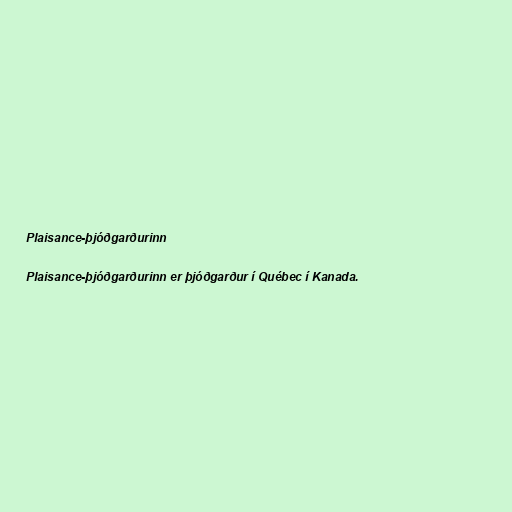
Plaisance-þjóðgarðurinn

Plaisance-þjóðgarðurinn er þjóðgarður í Québec í Kanada.